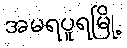
အမရပူရမြို့